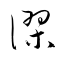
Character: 謬